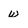
Character: w